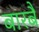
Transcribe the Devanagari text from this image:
बारबै